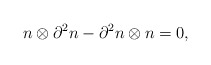
\begin{align*}n\otimes\partial^2 n-\partial^2 n\otimes n=0,\end{align*}